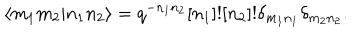
LaTeX: \langle m _ { 1 } m _ { 2 } \vert n _ { 1 } n _ { 2 } \rangle = q ^ { - n _ { 1 } n _ { 2 } } [ n _ { 1 } ] ! [ n _ { 2 } ] ! \delta _ { m _ { 1 } n _ { 1 } } \delta _ { m _ { 2 } n _ { 2 } } .